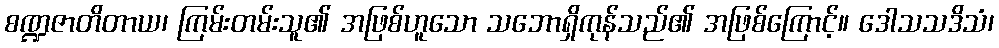
စဏ္ဍဇာတိတာယ၊ ကြမ်းတမ်းသူ၏ အဖြစ်ဟူသော သဘောရှိကုန်သည်၏ အဖြစ်ကြောင့်။ ဒေါသသဒိသံ၊